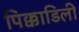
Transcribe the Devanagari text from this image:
पिक्काडिली